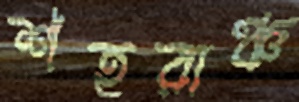
শহরাঞ্চ